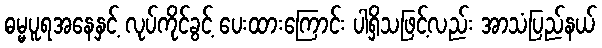
ဓမ္မပူရအနေနှင့် လုပ်ကိုင်ခွင့် ပေးထားကြောင်း ပါရှိသဖြင့်လည်း အာသံပြည်နယ်